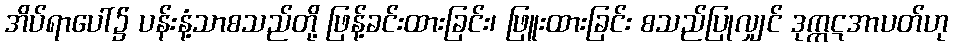
အိပ်ရာပေါ်၌ ပန်းနံ့သာစသည်တို့ ဖြန့်ခင်းထားခြင်း၊ ဖြူးထားခြင်း စသည်ပြုလျှင် ဒုက္ကဋအာပတ်ဟု